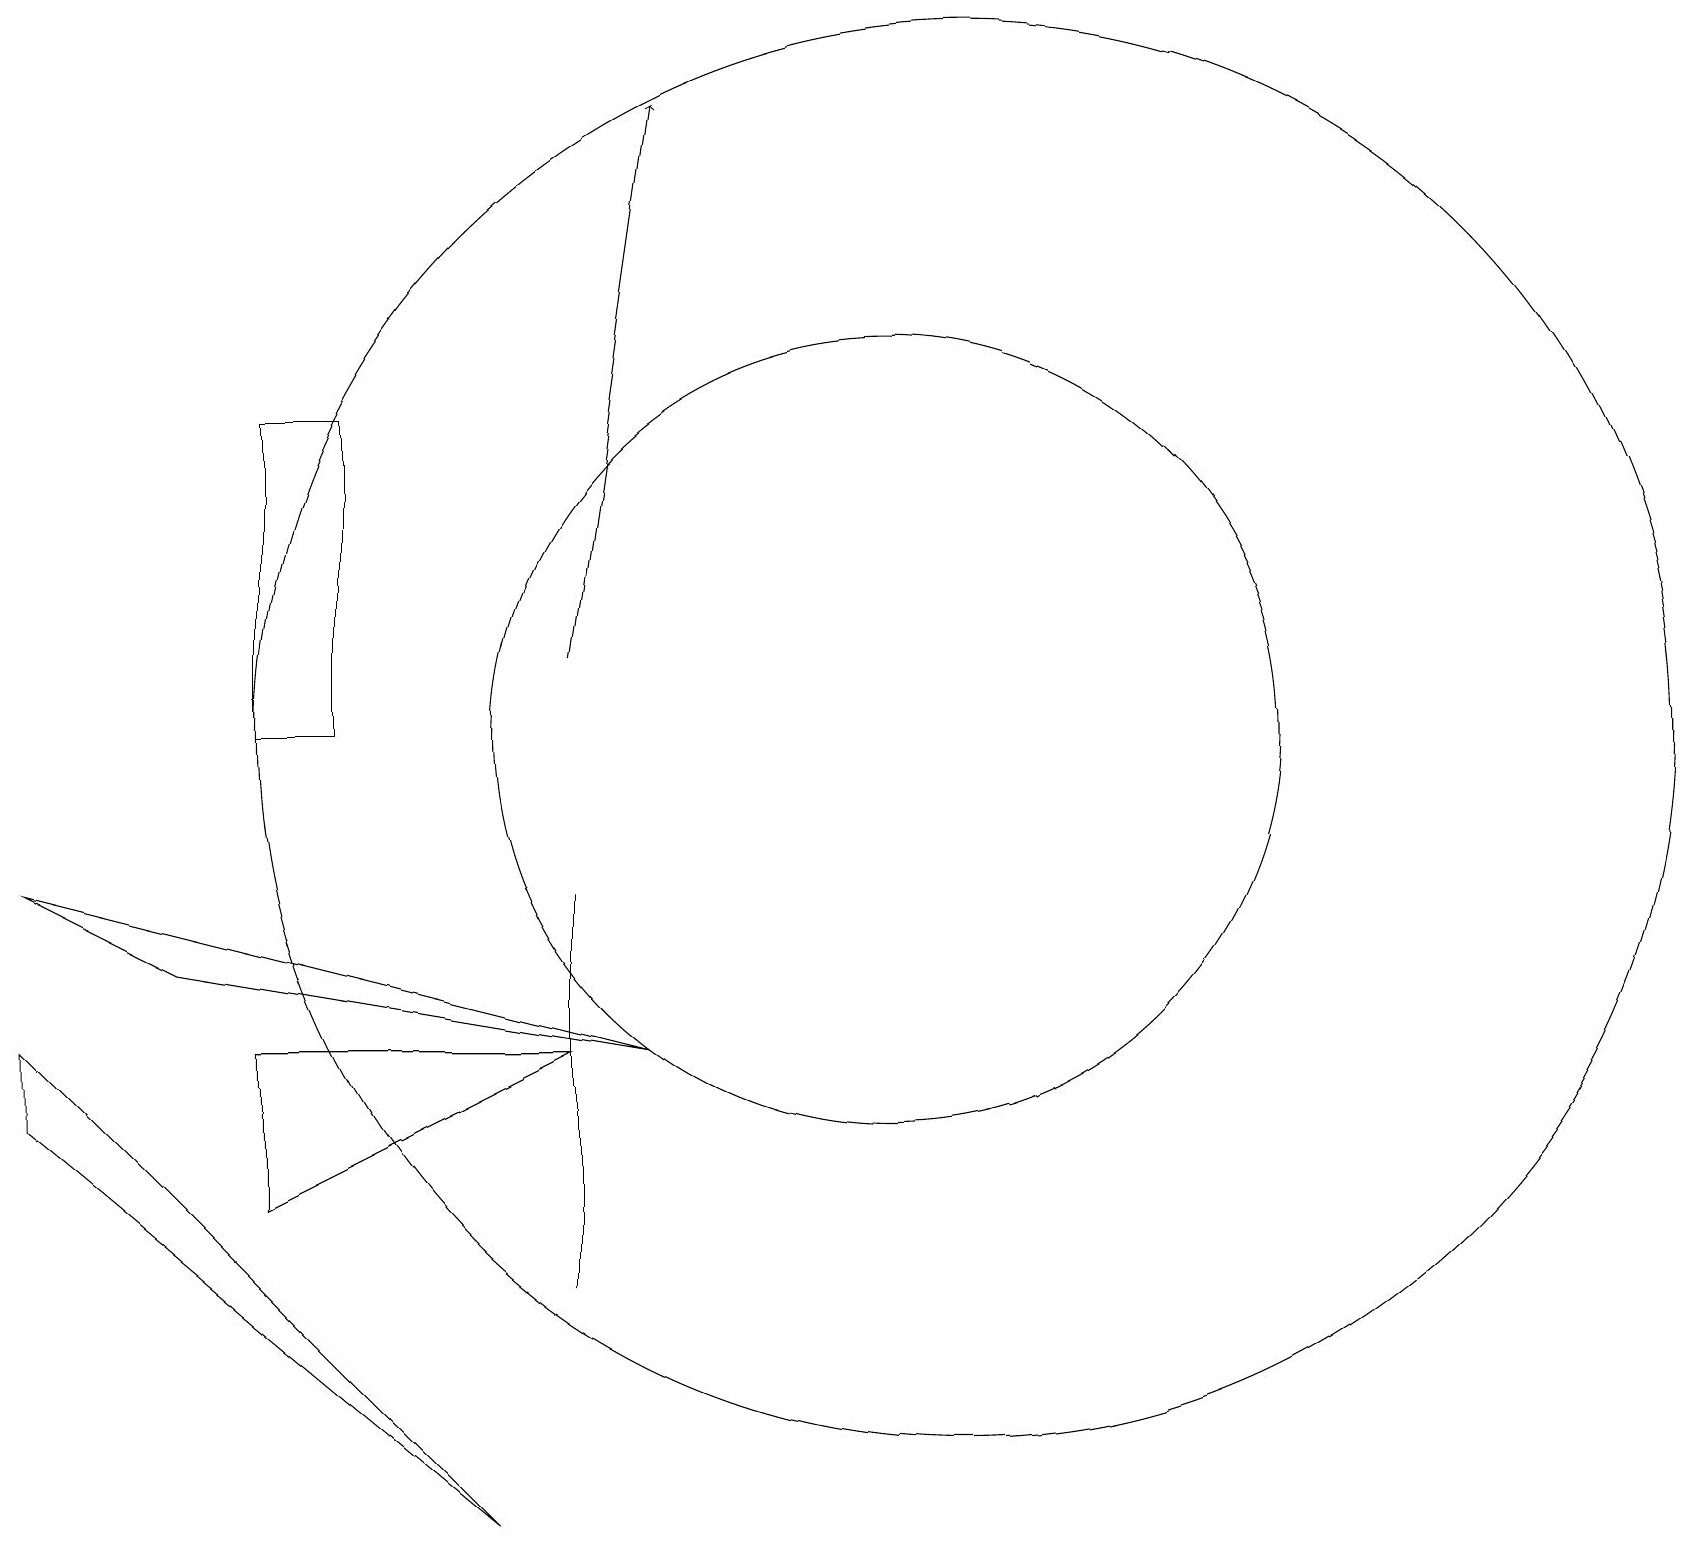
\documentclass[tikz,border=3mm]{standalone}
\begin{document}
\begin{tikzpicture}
\draw[->] (7,11) -- (8,18);
\draw (6,0) -- (0,6) -- (0,5) -- cycle;
\draw (4,10) rectangle (3,14);
\draw (8,6) -- (2,7) -- (0,8) -- cycle;
\draw (11,10) circle (5);
\draw (3,4) -- (7,6) -- (3,6) -- cycle;
\draw (7,3) -- (7,8) -- (7,6) -- cycle;
\draw (12,10) circle (9);
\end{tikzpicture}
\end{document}